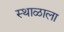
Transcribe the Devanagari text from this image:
स्थाळाला